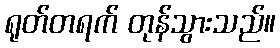
ရုတ်တရက် တုန်သွားသည်။